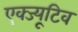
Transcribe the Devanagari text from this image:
एक्ज्यूटिव